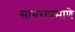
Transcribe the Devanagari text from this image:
सागराप्रमाणे